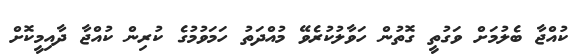
ކުއްޖާ ބެލުމަށް ވަގުތީ ގޮތުން ހަވާލުކުރެވޭ މުއްދަތު ހަމަވުމުގެ ކުރިން ކުއްޖާ ދާއިމީކޮށް